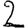
Digit: 2